Report of the Indian Hemp Drugs Commission, 1894-1895 - Volume VIII
Year: 1894
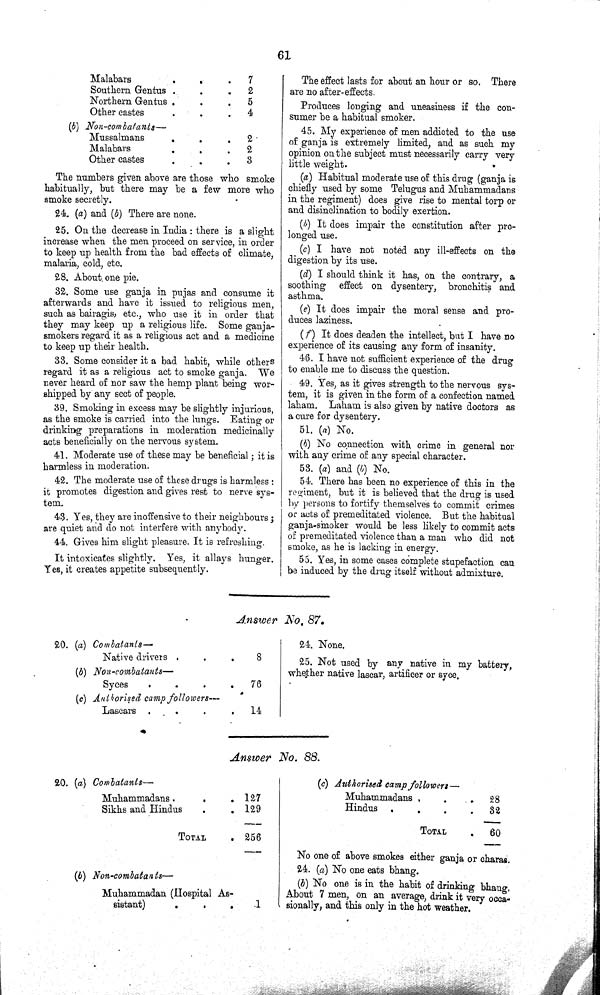
61
Malabars
7
Southern Gentus
2
Northern Gentus
5
Other castes
4
(b) Non-combatants—
Mussalmans
2
Malabars
2
Other castes
3
The numbers given above are those who smoke
habitually, but there may be a few more who
smoke secretly.
24. (a) and (b) There are none.
25. On the decrease in India: there is a slight
increase when the men proceed on service, in order
to keep up health from the bad effects of climate,
malaria, cold, etc.
28. About one pie.
32. Some use ganja in pujas and consume it
afterwards and have it issued to religious men,
such as bairagis, etc., who use it in order that
they may keep up a religious life. Some ganja-
smokers regard it as a religious act and a medicine
to keep up their health.
33. Some consider it a bad habit, while others
regard it as a religious act to smoke ganja. We
never heard of nor saw the hemp plant being wor-
shipped by any sect of people.
39. Smoking in excess may be slightly injurious,
as the smoke is carried into the lungs. Eating or
drinking preparations in moderation medicinally
acts beneficially on the nervous system.
41. Moderate use of these may be beneficial; it is
harmless in moderation.
42. The moderate use of these drugs is harmless:
it promotes digestion and gives rest to nerve sys-
tem.
43. Yes, they are inoffensive to their neighbours;
are quiet and do not interfere with anybody.
44. Gives him slight pleasure. It is refreshing.
It intoxicates slightly. Yes, it allays hunger.
Yes, it creates appetite subsequently.
The effect lasts for about an hour or so. There
are no after-effects.
Produces longing and uneasiness if the con-
sumer be a habitual smoker.
45. My experience of men addicted to the use
of ganja is extremely limited, and as such my
opinion on the subject must necessarily carry very
little weight.
(a) Habitual moderate use of this drug (ganja is
chiefly used by some Telugus and Muhammadans
in the regiment) does give rise to mental torp or
and disinclination to bodily exertion.
(b) It does impair the constitution after pro-
longed use.
(c) I have not noted any ill-effects on the
digestion by its use.
(d) I should think it has, on the contrary, a
soothing effect on dysentery, bronchitis and
asthma.
(e) It does impair the moral sense and pro-
duces laziness.
(f) It does deaden the intellect, but I have no
experience of its causing any form of insanity.
46. I have not sufficient experience of the drug
to enable me to discuss the question.
49. Yes, as it gives strength to the nervous sys-
tem, it is given in the form of a confection named
laham. Laham is also given by native doctors as
a cure for dysentery.
51. (a) No.
(b) No connection with crime in general nor
with any crime of any special character.
53. (a) and (b) No.
54. There has been no experience of this in the
regiment, but it is believed that the drug is used
by persons to fortify themselves to commit crimes
or acts of premeditated violence. But the habitual
ganja-smoker would be less likely to commit acts
of premeditated violence than a man who did not
smoke, as he is lacking in energy.
55. Yes, in some cases complete stupefaction can
be induced by the drug itself without admixture.
Answer No, 87.
20. (a) Combatants—
Native drivers
8
(b) Non-combatants—
Syces
76
(c) Authorised camp followers—
Lascars
14
24. None.
25. Not used by any native in my battery,
whether native lascar, artificer or syce.
Answer No. 88.
20. (a) Combatants—
Muhammadans.
127
Sikhs and Hindus
129
TOTAL
256
(b) Non-combatants—
Muhammadan (Hospital As-
sistant)
1
(e) Authorised camp followers—
Muhammadans
28
Hindus
32
TOTAL
60
No one of above smokes either ganja or charas.
24. (a) No one eats bhang.
(b) No one is in the habit of drinking bhang.
About 7 men, on an average, drink it very occa-
sionally, and this only in the hot weather.